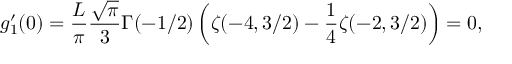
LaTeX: g _ { 1 } ^ { \prime } ( 0 ) = \frac { L } { \pi } \frac { \sqrt { \pi } } { 3 } \Gamma ( - 1 / 2 ) \left( \zeta ( - 4 , 3 / 2 ) - \frac { 1 } { 4 } \zeta ( - 2 , 3 / 2 ) \right) = 0 ,